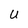
Character: U